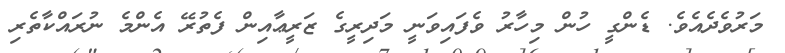
މަރުވެދެއެވެ. ޑެންގީ ހުން މިހާރު ވެފައިވަނީ މަދިރީގެ ޒަރީޢާއިން ފެތުރޭ އެންމެ ނުރައްކާތެރި